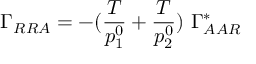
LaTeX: \Gamma _ { R R A } = - ( { \frac { T } { p _ { 1 } ^ { 0 } } } + { \frac { T } { p _ { 2 } ^ { 0 } } } ) \ \Gamma _ { A A R } ^ { * }